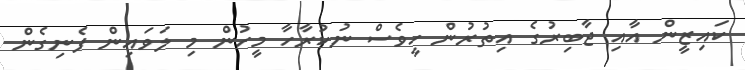
ކައިޒީން އާއި ޖާބިރުގެ އިތުރުން ހީވެސް ނުކުރާހާ މީހުން މި ލަވައިން ފެނިގެން